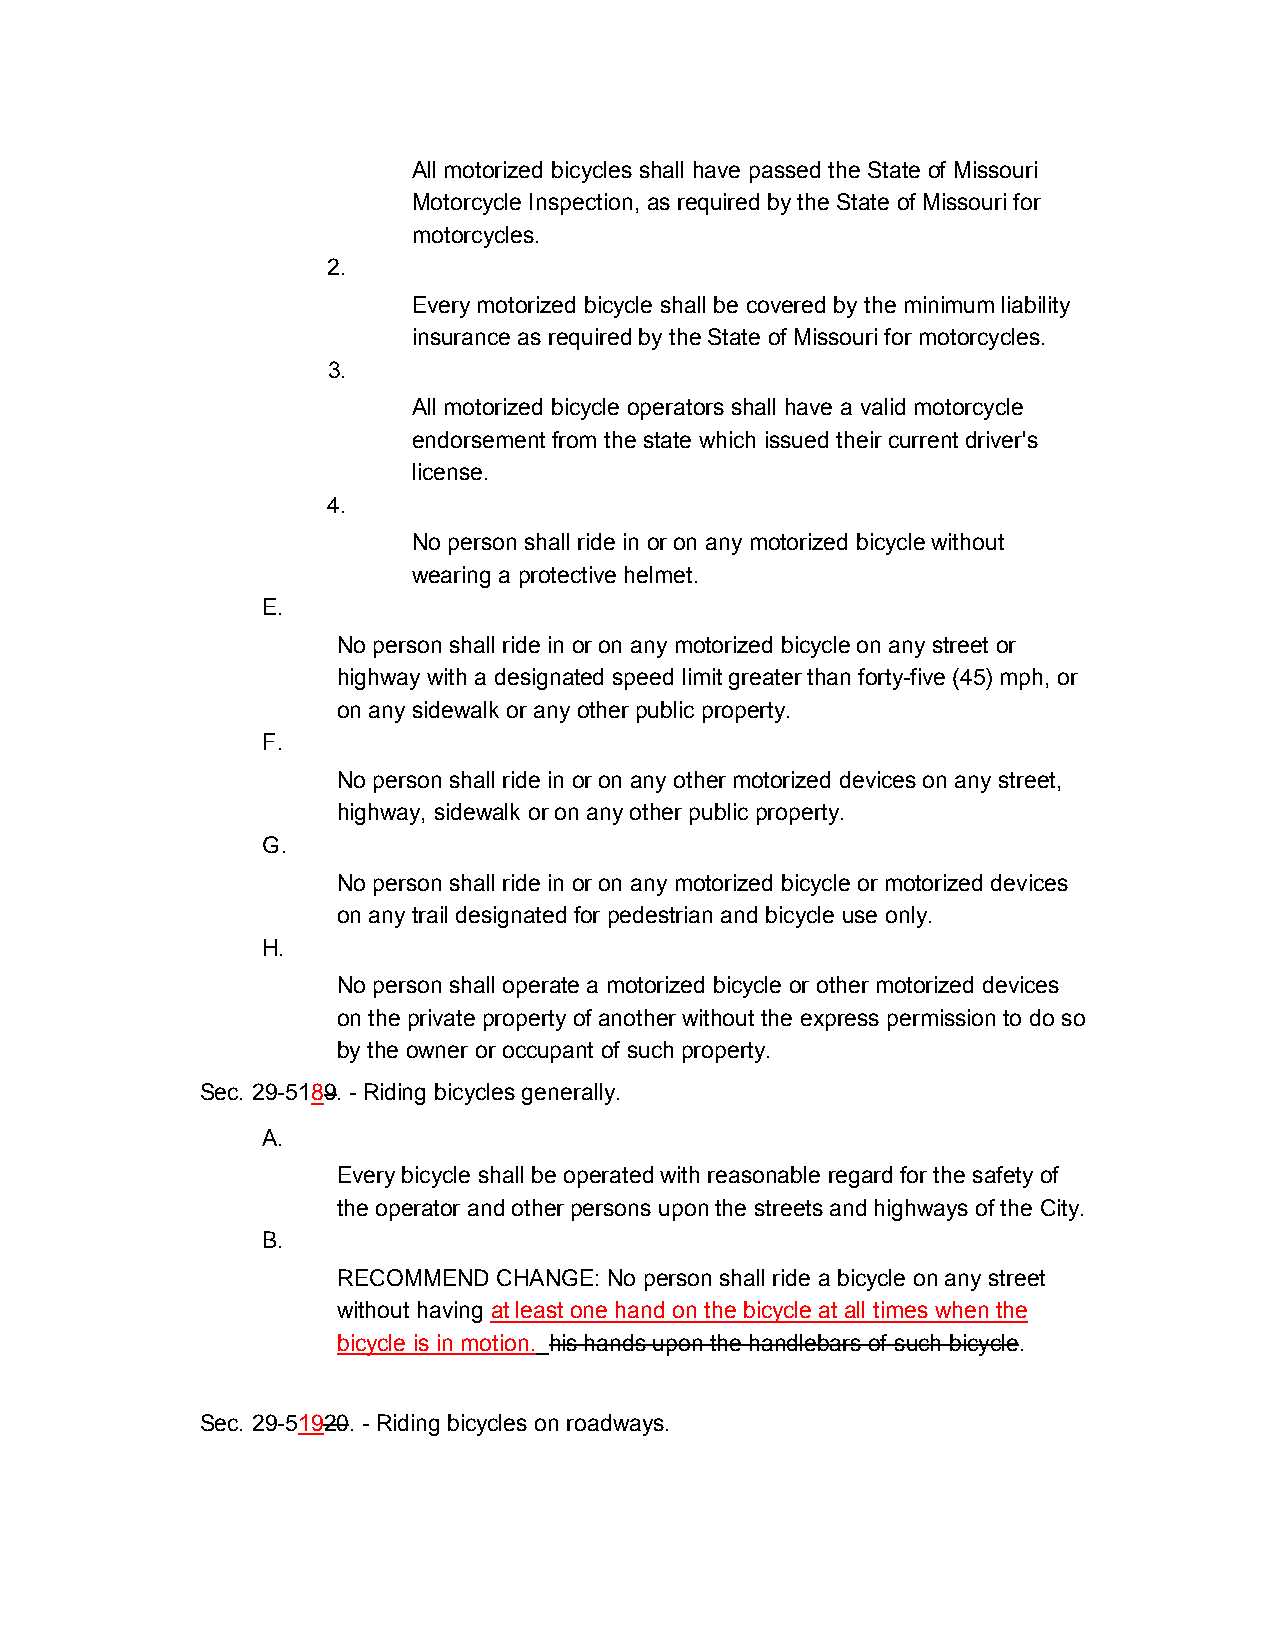
All motorized bicycles shall have passed the State of Missouri
 Motorcycle Inspection, as required by the State of Missouri for
 motorcycles.
 2.
 Every motorized bicycle shall be covered by the minimum liability
 insurance as required by the State of Missouri for motorcycles.
 3.
 All motorized bicycle operators shall have a valid motorcycle
 endorsement from the state which issued their current driver's
 license.
 4.
 No person shall ride in or on any motorized bicycle without
 wearing a protective helmet.
 E.
 No person shall ride in or on any motorized bicycle on any street or
 highway with a designated speed limit greater than forty-five (45) mph, or
 on any sidewalk or any other public property.
 F.
 No person shall ride in or on any other motorized devices on any street,
 highway, sidewalk or on any other public property.
 G.
 No person shall ride in or on any motorized bicycle or motorized devices
 on any trail designated for pedestrian and bicycle use only.
 H.
 No person shall operate a motorized bicycle or other motorized devices
 on the private property of another without the express permission to do so
 by the owner or occupant of such property.
 Sec. 29-5189. - Riding bicycles generally.
 A.
 Every bicycle shall be operated with reasonable regard for the safety of
 the operator and other persons upon the streets and highways of the City.
 B.
 RECOMMEND  CHANGE: No person shall ride a bicycle on any street
 without having at least one hand on the bicycle at all times when the
 bicycle is in motion. his hands upon the handlebars of such bicycle.
 Sec. 29-51920. - Riding bicycles on roadways.